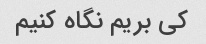
کی بریم نگاه کنیم